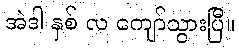
အဲဒါ နှစ် လ ကျော်သွားပြီ။